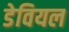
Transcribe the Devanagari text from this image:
डेवियल